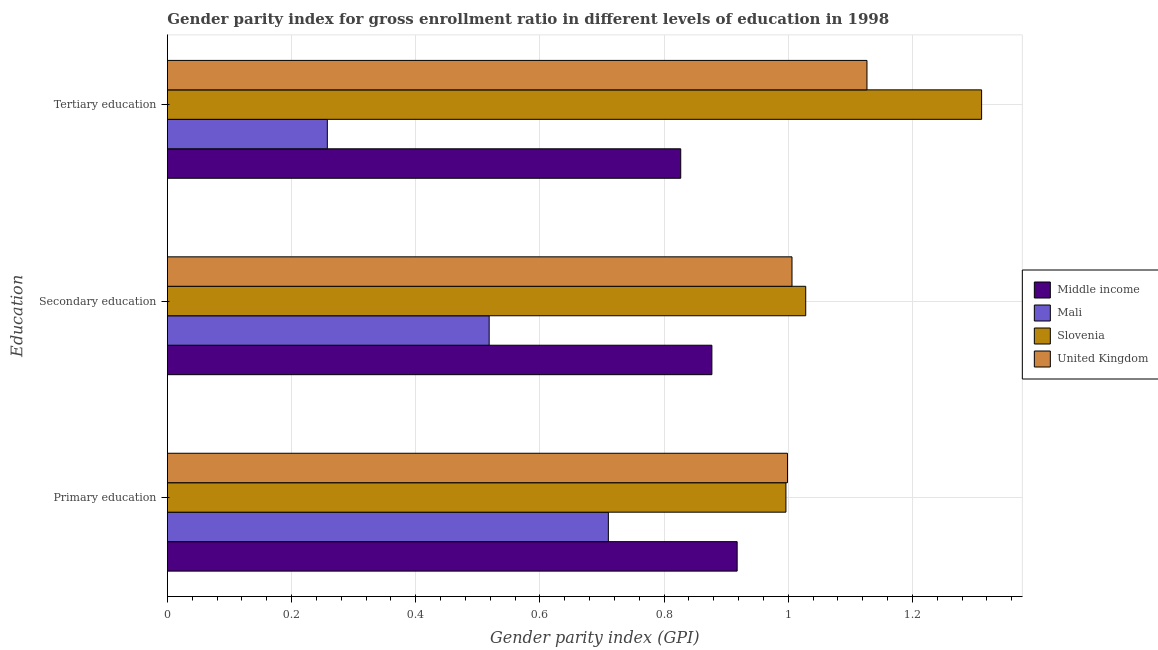
| Education | Middle income | Mali | Slovenia | United Kingdom |
 | --- | --- | --- | --- | --- |
 | Primary education | 0.918 | 0.71 | 0.996 | 0.999 |
 | Secondary education | 0.877 | 0.518 | 1.03 | 1.01 |
 | Tertiary education | 0.827 | 0.258 | 1.31 | 1.13 |